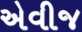
એવીજ